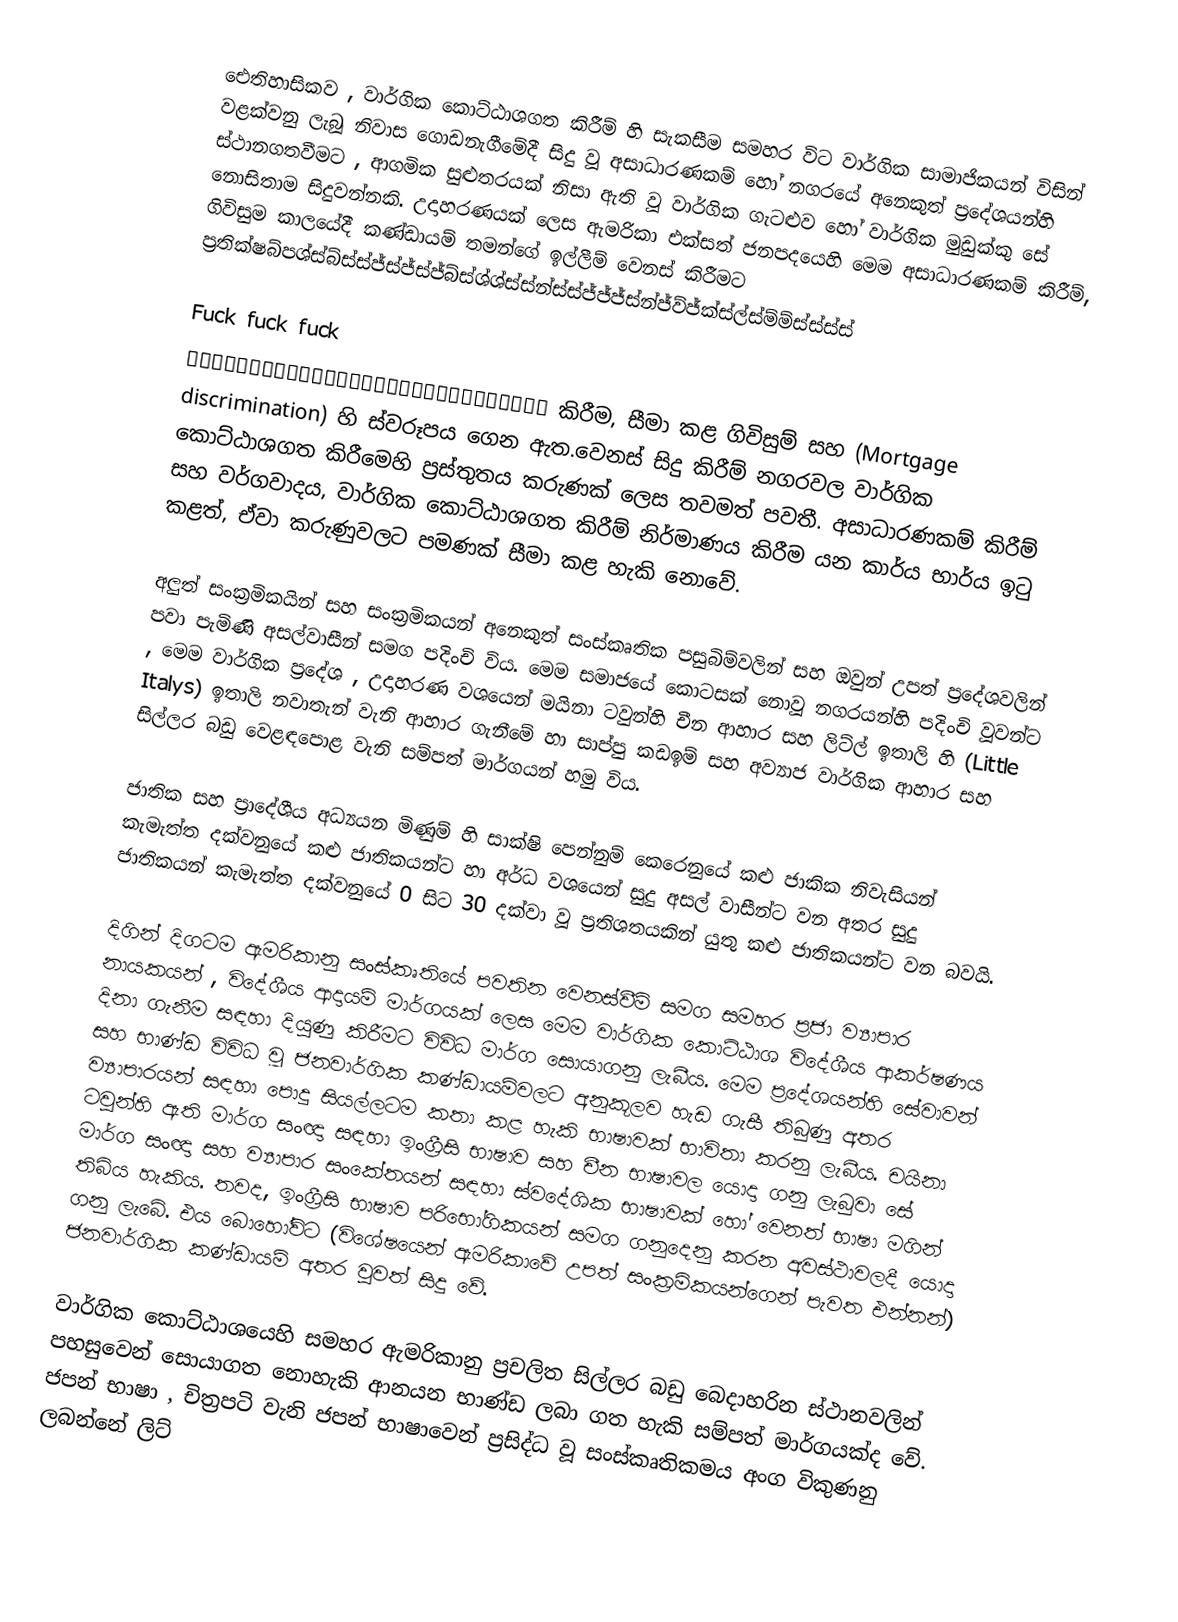
ඓතිහාසිකව , වාර්ගික කොට්ඨාශගත කිරීම් හි සැකසීම සමහර විට වාර්ගික සාමාජිකයන් විසින් වළක්වනු ලැබූ නිවාස ගොඩනැගීමේදී සිදු වූ අසාධාරණකම් හෝ නගරයේ අනෙකුත් ප්‍රදේශයන්හි ස්ථානගතවීමට , ආගමික සුළුතරයක් නිසා ඇති වූ වාර්ගික ගැටළුව හෝ වාර්ගික මුඩුක්කු සේ නොසිතාම සිදුවන්නකි. උදාහරණයක් ලෙස ඇමරිකා එක්සත් ජනපදයෙහි මෙම අසාධාරණකම් කිරීම්, ගිවිසුම කාලයේදී කණ්ඩායම් තමන්ගේ ඉල්ලීම් වෙනස් කිරීමට ප්‍රතික්ෂබ්පශ්ස්බ්ස්ස්ජ්ස්ජ්ස්ජ්බ්ස්ශ්ශ්ස්ස්න්ස්ස්ජ්ජ්ජ්ස්න්ජ්ව්ජ්ක්ස්ල්ස්ම්ම්ස්ස්ස්ස්

Fuck fuck fuck
👿❤️👿📍👿❤☎❤👿❤🌟👿❤👿🍎❤☎👀☠️👀🍦👽🤗☠️👀☎👿❤☠️ කිරීම, සීමා කළ ගිවිසුම් සහ (Mortgage discrimination) හි ස්වරූපය ගෙන ඇත.වෙනස් සිදු කිරීම් නගරවල වාර්ගික කොට්ඨාශගත කිරීමෙහි ප්‍රස්තුතය කරුණක් ලෙස තවමත් පවතී. අසාධාරණකම් කිරීම් සහ වර්ගවාදය, වාර්ගික කොට්ඨාශගත කිරීම් නිර්මාණය කිරීම යන කාර්ය භාර්ය ඉටු කළත්, ඒවා කරුණුවලට පමණක් සීමා කළ හැකි නොවේ.

අලුත් සංක්‍රමිකයින් සහ සංක්‍රමිකයන් අනෙකුත් සංස්කෘතික පසුබිම්වලින් සහ ඔවුන් උපත් ප්‍රදේශවලින් පවා පැමිණි අසල්වාසීන් සමග පදිංචි විය. මෙම සමාජයේ කොටසක් නොවූ නගරයන්හි පදිංචි වූවන්ට , මෙම වාර්ගික ප්‍රදේශ , උදාහරණ වශයෙන් මයිනා ටවුන්හි චීන ආහාර සහ ලිට්ල් ඉතාලි හි (Little Italys) ඉතාලි නවාතැන් වැනි ආහාර ගැනීමේ හා සාප්පු කඩඉම් සහ අව්‍යාජ වාර්ගික ආහාර සහ සිල්ලර බඩු වෙළඳපොළ වැනි සම්පත් මාර්ගයන් හමු විය.

ජාතික සහ ප්‍රාදේශීය අධ්‍යයන මිණුම් හි  සාක්ෂි පෙන්නුම් කෙරෙනුයේ කළු ජාකික නිවැසියන් කැමැත්ත දක්වනුයේ කළු ජාතිකයන්ට හා අර්ධ වශයෙන් සුදු අසල් වාසීන්ට වන අතර සුදු ජාතිකයන් කැමැත්ත දක්වනුයේ 0 සිට 30 දක්වා වූ ප්‍රතිශතයකින් යුතු කළු ජාතිකයන්ට වන බවයි.

දිගින් දිගටම ඇමරිකානු සංස්කෘතියේ පවතින වෙනස්වීම් සමග සමහර ප්‍රජා ව්‍යාපාර නායකයන් , විදේශීය ආදායම් මාර්ගයක් ‍ලෙස මෙම වාර්ගික කොට්ඨාශ විදේශීය ආකර්ෂණය දිනා ගැනීම සඳහා දියුණු කිරීමට විවිධ මාර්ග සොයාගනු ලැබීය‍. මෙම ප්‍රදේශයන්හි සේවාවන් සහ භාණ්ඩ විවිධ වූ ජනවාර්ගික කණ්ඩායම්වලට අනුකූලව හැඩ ගැසී තිබුණු අතර ව්‍යාපාරයන් සඳහා පොදු සියල්ලටම කතා කළ හැකි භාෂාවක් භාවිතා කරනු ලැබීය. චයිනා ටවුන්හි ඇති මාර්ග සංඥා සඳහා ඉංග්‍රීසි භාෂාව සහ චීන භාෂාවල යොදා ගනු ලැබුවා සේ මාර්ග සංඥා සහ ව්‍යාපාර සංකේතයන් සඳහා ස්වදේශික භාෂාවක් හෝ වෙනත් භාෂා මගින් තිබිය හැකිය. තවද, ඉංග්‍රීසි භාෂාව පරිභෝගිකයන් සමග ගනුදෙනු කරන අවස්ථාවලදී යොදා ගනු ලැබේ. එය බොහෝවිට (විශේෂයෙන් ඇමරිකාවේ උපත් සංක්‍රමිකයන්ගෙන් පැවත එන්නන්) ජනවාර්ගික කණ්ඩායම් අතර වුවත් සිදු වේ.

වාර්ගික කොට්ඨාශයෙහි සමහර ඇමරිකානු ප්‍රචලිත සිල්ලර බඩු බෙදාහරින ස්ථානවලින් පහසුවෙන් සොයාගත නොහැකි ආනයන භාණ්ඩ ලබා ගත හැකි සම්පත් මාර්ගයක්ද වේ. ජපන් භාෂා , චිත්‍රපටි වැනි ජපන් භාෂාවෙන් ප්‍රසිද්ධ වූ සංස්කෘතිකමය අංග විකුණනු ලබන්නේ ලිට්